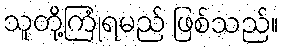
သူတို့ကြုံရမည် ဖြစ်သည်။